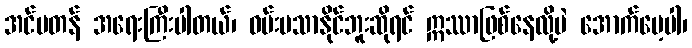
အင်မတန် အရေးကြီးပါတယ်၊ ဝမ်းမသာနိုင်ဘူးဆိုရင် ဣဿာဖြစ်နေလို့ပဲ အောက်မေ့ပါ၊